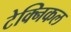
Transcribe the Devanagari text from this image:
टेक्‍िनकल